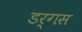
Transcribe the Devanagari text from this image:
डर्गस